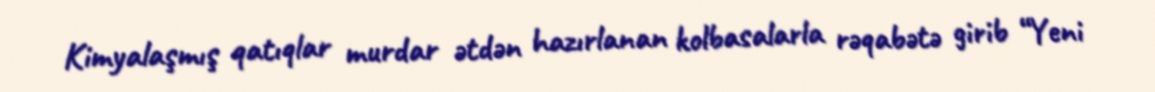
Kimyalaşmış qatıqlar murdar ətdən hazırlanan kolbasalarla rəqabətə girib “Yeni